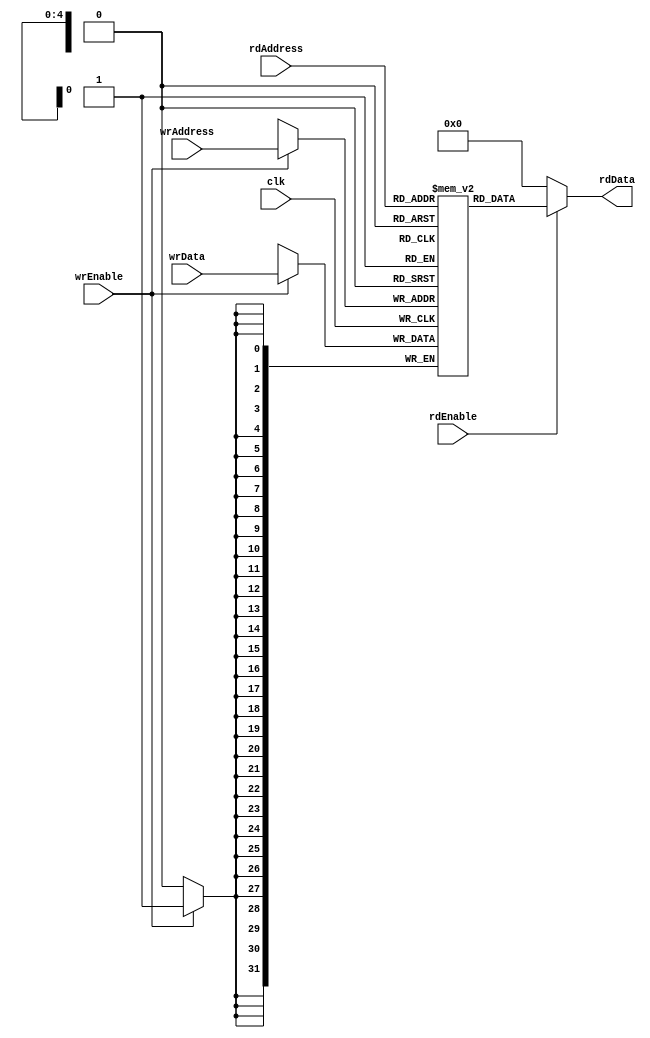
module dataMemory (input wrEnable, input [4:0] wrAddress, input [31:0] wrData, input rdEnable, input [4:0] rdAddress, output [31:0] rdData, input clk);

	reg [31:0] memFile [0:31];

	assign rdData = rdEnable? memFile[rdAddress] : 0;

	always @(posedge clk)
        if (wrEnable)
		memFile[wrAddress] <= wrData;

endmodule

module dataMemory_tb;

	reg wrEnable;
	reg [4:0] wrAddress;
	reg [31:0] wrData;
	reg rdEnable;
	reg [4:0] rdAddress;
	wire [31:0] rdData;
	reg clk;

	always begin #5 clk = ~clk; end

	integer index;
    
	initial begin

		$monitor ("rdAddress:%d rdData:%d", rdAddress, rdData);

		clk = 0;

		rdEnable = 0; wrEnable = 1;
		for (index = 0; index < 32; index = index + 1) begin
			#5 wrAddress = index; wrData = index * 2;
			$display ("wrAddress:%d wrData:%d", wrAddress, wrData);
		end
		#10 wrEnable = 0; wrAddress = 31; wrData = 93;

		#10 rdAddress = 0;
		#10 rdAddress = 3;
		#10 rdAddress = 4;
		#10 rdAddress = 7;
		#10 rdEnable = 1; rdAddress = 8;
		#10 rdAddress = 9;
		#10 rdAddress = 22;
		#10 rdAddress = 11;
		#10 rdEnable = 0; rdAddress = 5;
		#10 rdAddress = 2;

	end

	dataMemory dm1 (wrEnable, wrAddress, wrData, rdEnable, rdAddress, rdData, clk);

endmodule